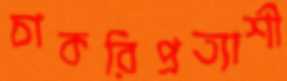
চাকরিপ্রত্যাশী